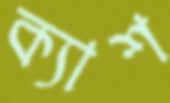
ক্যাশ